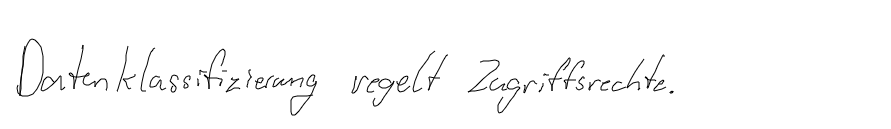
Datenklassifizierung regelt Zugriffsrechte.